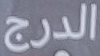
الدرج